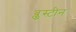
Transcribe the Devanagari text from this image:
ब्लूस्टीन